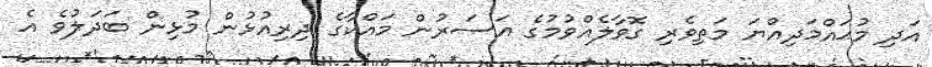
އަދި މުޙައްމަދިއްޔަ މަތިވެރި ގޮވާލެއްވުމުގެ އަސަރުން މައްކާގެ ދިރިއުޅުން މުޅިން ބަދަލުވެ އެ